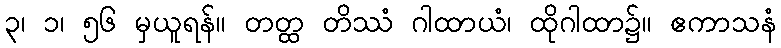
၃၊ ၁၊ ၅၆ မှယူရန်။ တတ္ထ တိဿံ ဂါထာယံ၊ ထိုဂါထာ၌။ ဧကာသနံ